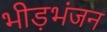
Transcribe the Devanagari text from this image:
भीड़भंजन